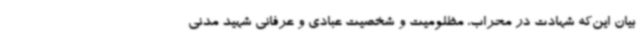
بیان این‌که شهادت در محراب، مظلومیت و شخصیت عبادی و عرفانی شهید مدنی